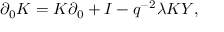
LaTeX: \partial _ { 0 } K = K \partial _ { 0 } + I - q ^ { - 2 } \lambda K Y ,